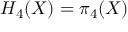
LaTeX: H _ { 4 } ( X ) = \pi _ { 4 } ( X )